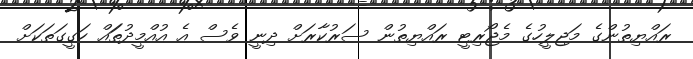
ރައްޔިތުންގެ މަޖިލީހުގެ މެޖޯރިޓީ ރައްޔިތުން ސަރުކާރަށް ދިނީ ވެސް އެ އުއްމީދުތަައް ހަގީގަތަކަށް